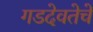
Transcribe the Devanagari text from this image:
गडदेवतेचे